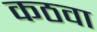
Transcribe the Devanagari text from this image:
कठवा